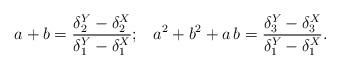
LaTeX: \begin{align*}a+b=\frac{\delta^{Y}_2-\delta^{X}_2}{\delta^{Y}_1-\delta^{X}_1}; \;\; \;a^2+b^2+a \, b=\frac{\delta^{Y}_3-\delta^{X}_3}{\delta^{Y}_1-\delta^{X}_1}.\end{align*}